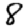
Digit: 8